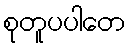
စုတူပပါတေ